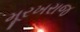
મૂરખરાજ